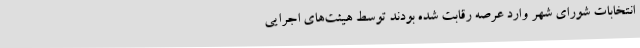
انتخابات شورای شهر وارد عرصه رقابت شده بودند توسط هیئت‌های اجرایی